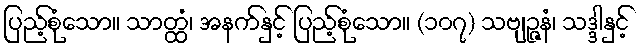
ပြည့်စုံသော။ သာတ္ထံ၊ အနက်နှင့် ပြည့်စုံသော။ (၁၀၇) သဗျဉ္ဇနံ၊ သဒ္ဒါနှင့်